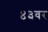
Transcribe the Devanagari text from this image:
४३वर